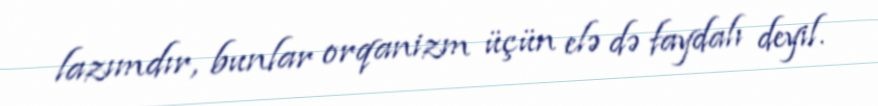
lazımdır, bunlar orqanizm üçün elə də faydalı deyil.